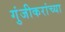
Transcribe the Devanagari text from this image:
गुंजीकरांच्या